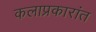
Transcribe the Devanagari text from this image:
कलाप्रकारांत